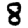
Digit: 8